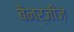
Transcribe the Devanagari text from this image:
बैनर्जीज़